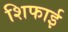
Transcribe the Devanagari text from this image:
शिफाई